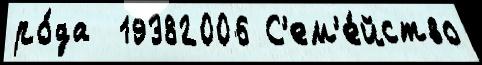
ро́да  19382006 С'ем'е́йство